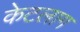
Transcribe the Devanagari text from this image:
केटलाग